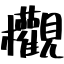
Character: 欟